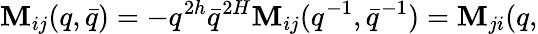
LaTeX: \mathbf{M}_{ij}(q,\bar{{q}})=-q^{2h}\bar{{q}}^{2H}\mathbf{M}_{ij}(q^{-1},\bar{{q}}^{-1})=\mathbf{M}_{ji}(q,